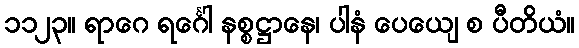
၁၁၂၃။ ရာဂေ ရင်္ဂေါ နစ္စဋ္ဌာနေ၊ ပါနံ ပေယျေ စ ပီတိယံ။